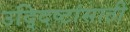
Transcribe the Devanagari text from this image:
उद्‍दिष्टांसाठी